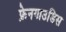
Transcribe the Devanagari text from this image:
फ्रेनगाउडिस